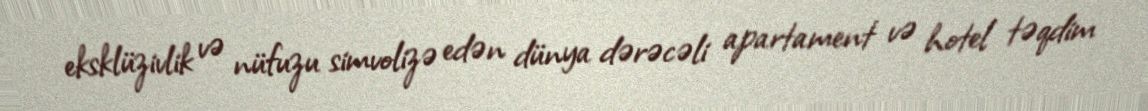
eksklüzivlik və nüfuzu simvolizə edən dünya dərəcəli apartament və hotel təqdim